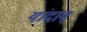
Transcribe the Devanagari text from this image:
यांदाब्